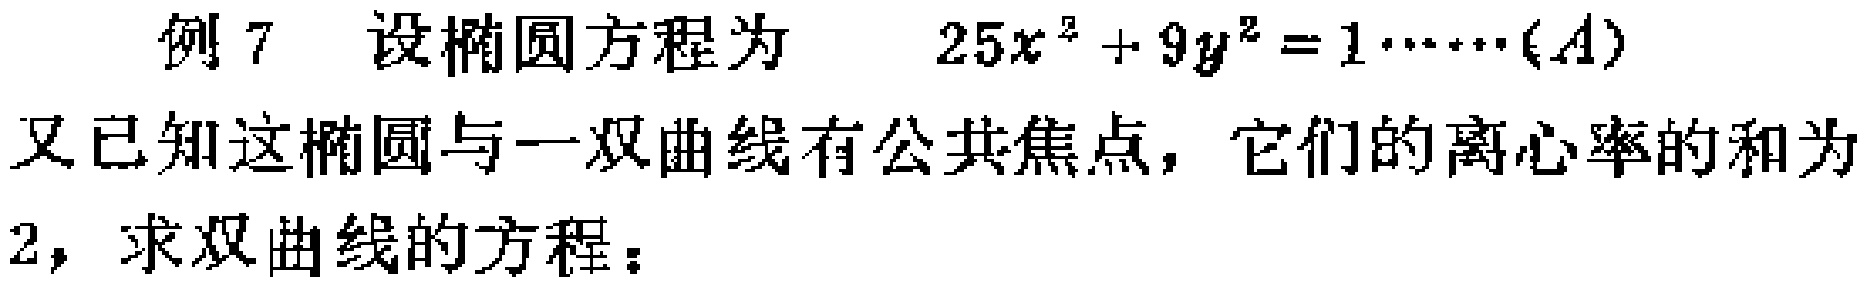
例 7 设椭圆方程为 \(25x^{2}+9y^{2}=1\cdots\cdots(A)\)

又已知这椭圆与一双曲线有公共焦点，它们的离心率的和为

2，求双曲线的方程：